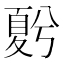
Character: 𡕵